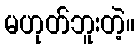
မဟုတ်ဘူးတဲ့။